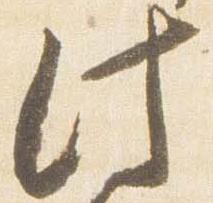
此